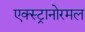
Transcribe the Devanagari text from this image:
एक्स्ट्रानोरमल